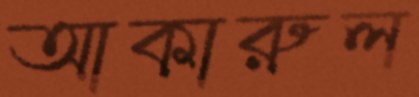
আকারুল